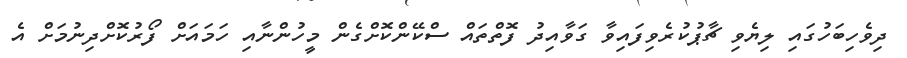
ދިވެހިބަހުގައި ލިޔެވި ޗާޕުކުރެވިފައިވާ ގަވާއިދު ފޮތްތައް ސްކޭންކޮށްގެން މީހުންނާއި ހަމައަށް ފޯރުކޮށްދިނުމަށް އެ